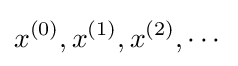
x^{(0)},x^{(1)},x^{(2)},\cdots